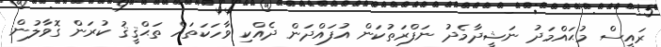
ރައީސް މުޙައްމަދު ނަޝީދާމެދު ނަފްރަތުކަން އުފައްދަން ދެއްކި ވާހަކަތައް ތަޙްޤީޤު ކުރަން ގޮވާލުން